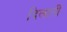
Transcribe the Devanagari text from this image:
दिलातीं